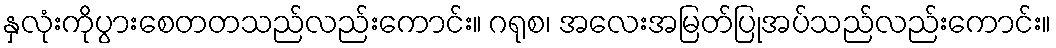
နှလုံးကိုပွားစေတတသည်လည်းကောင်း။ ဂရုစ၊ အလေးအမြတ်ပြုအပ်သည်လည်းကောင်း။